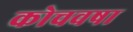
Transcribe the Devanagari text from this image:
कोचवषा